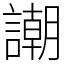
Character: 謿